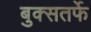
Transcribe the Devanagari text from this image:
बुक्सतर्फे